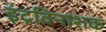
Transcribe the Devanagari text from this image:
इंद्रविनाशक